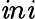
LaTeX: \mathit{i}n\mathit{i}